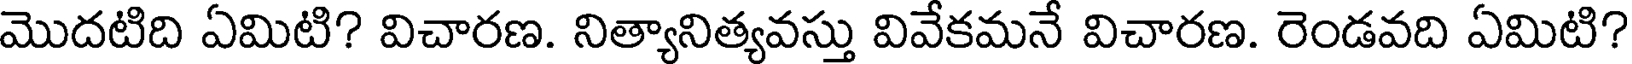
మొదటిది ఏమిటి? విచారణ. నిత్యానిత్యవస్తు వివేకమనే విచారణ. రెండవది ఏమిటి?